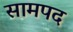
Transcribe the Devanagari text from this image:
सामपद